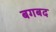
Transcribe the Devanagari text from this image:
बगबद